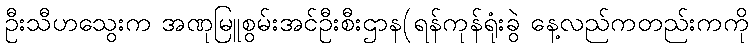
ဦးသီဟသွေးက အဏုမြူစွမ်းအင်ဦးစီးဌာန(ရန်ကုန်ရုံးခွဲ နေ့လည်ကတည်းကကို